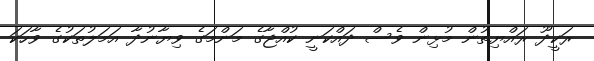
ރަކީދޫ ރައްޔިތުން މުޅިން ވެސް ދައްކަނީ ކުއްޖާގެ މަންމަގެ ވިޔާނުދާ އަމަލުތަކުގެ ވާހަކަ